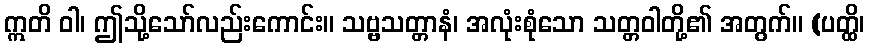
ဣတိ ဝါ၊ ဤသို့သော်လည်းကောင်း။ သဗ္ဗသတ္တာနံ၊ အလုံးစုံသော သတ္တဝါတို့၏ အတွက်။ (ပတ္ထိ၊